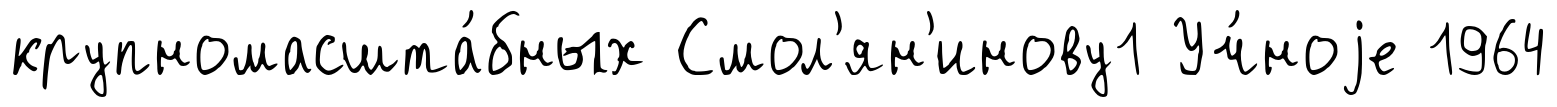
крупномасшта́бных Смол'ян'инову1 Уч́ноjе 1964